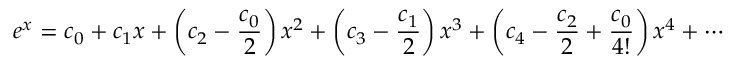
e ^ { x } = c _ { 0 } + c _ { 1 } x + \left( c _ { 2 } - { \frac { c _ { 0 } } { 2 } } \right) x ^ { 2 } + \left( c _ { 3 } - { \frac { c _ { 1 } } { 2 } } \right) x ^ { 3 } + \left( c _ { 4 } - { \frac { c _ { 2 } } { 2 } } + { \frac { c _ { 0 } } { 4 ! } } \right) x ^ { 4 } + \cdots